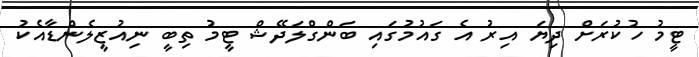
ޓީމު ހުކުރަށް ދިޔަ އިރު އެ ގައުމުގައި ބަންގްލަދޭޝް ޓީމު ތިބީ ނިއުޒީލެންޑާއެކު